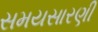
સમયસારણી